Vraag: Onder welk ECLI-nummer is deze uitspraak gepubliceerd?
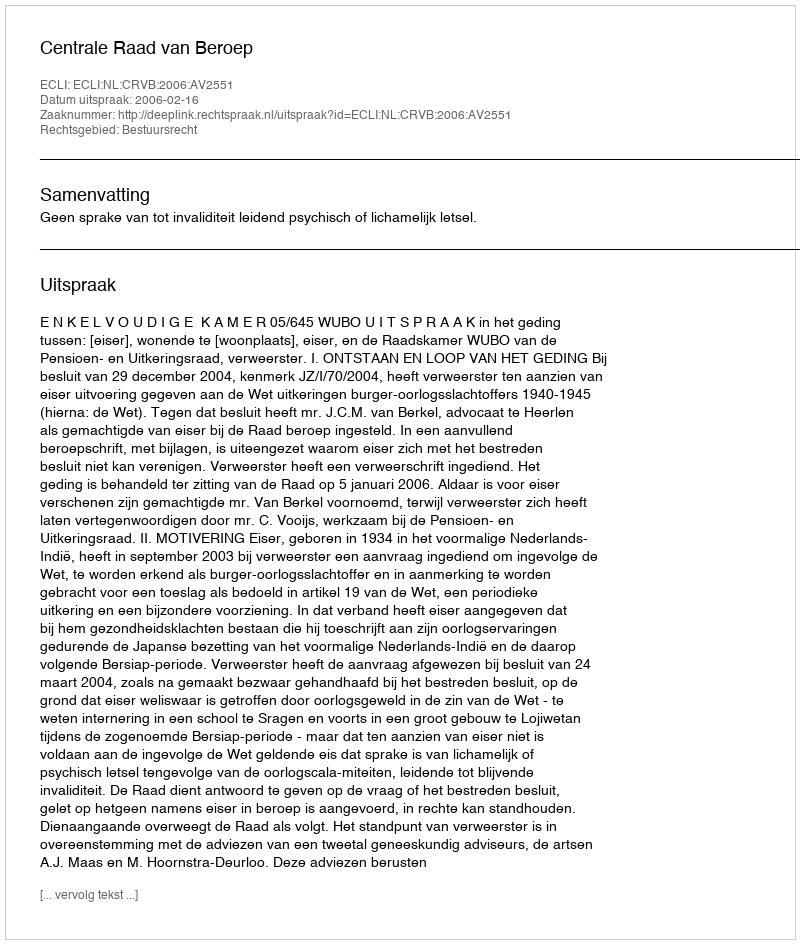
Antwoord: ECLI:NL:CRVB:2006:AV2551